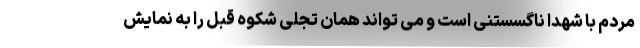
مردم با شهدا ناگسستنی است و می تواند همان تجلی شکوه قبل را به نمایش